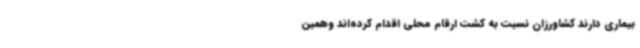
بیماری دارند کشاورزان نسبت به کشت ارقام محلی اقدام کرده‌اند وهمین